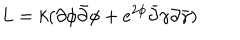
L = k ( \partial \phi \bar { \partial } \phi + e ^ { 2 \phi } \bar { \partial } \gamma \partial \bar { \gamma } )